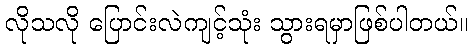
လိုသလို ပြောင်းလဲကျင့်သုံး သွားရမှာဖြစ်ပါတယ်။